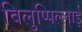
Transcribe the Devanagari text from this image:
विलुप्पिल्लाई